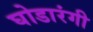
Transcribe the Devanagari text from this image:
घोडारंगी